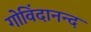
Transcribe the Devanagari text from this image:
गोविंदानन्द